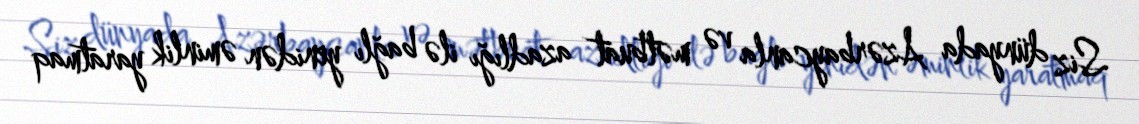
Siz dünyada Azərbaycanla və mətbuat azadlığı ilə bağlı yenidən əminlik yaratmaq